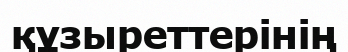
құзыреттерінің